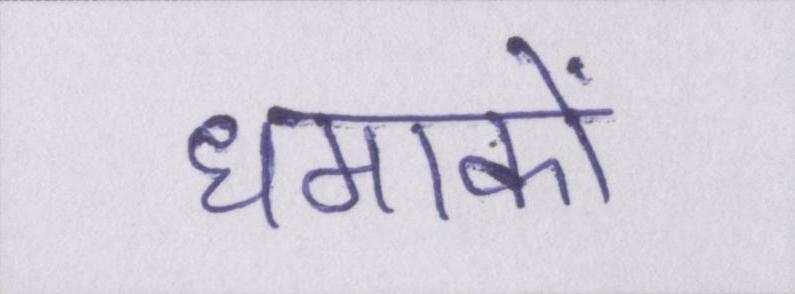
धमाकों